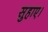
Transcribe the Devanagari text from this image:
सुहाए।